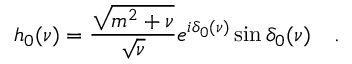
h _ { 0 } ( \nu ) = \frac { \sqrt { m ^ { 2 } + \nu } } { \sqrt { \nu } } e ^ { i \delta _ { 0 } ( \nu ) } \sin \delta _ { 0 } ( \nu ) \quad .